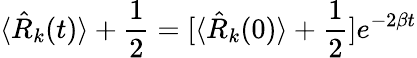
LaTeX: \langle{\hat{R}}_{k}(t)\rangle+{\frac{1}{2}}=[\langle{\hat{R}}_{k}(0)\rangle+{\frac{1}{2}}]e^{-2\beta t}